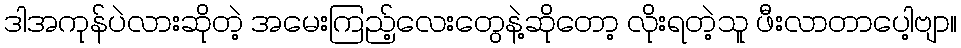
ဒါအကုန်ပဲလားဆိုတဲ့ အမေးကြည့်လေးတွေနဲ့ဆိုတော့ လိုးရတဲ့သူ ဖီးလာတာပေါ့ဗျာ။